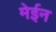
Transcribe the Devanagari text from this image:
मेईन